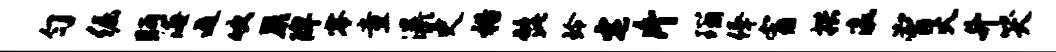
匀倔眄海遁吹蕨陴零童瀑史裕髭玲宅片瑙俸宵拱瀛曾火升哭